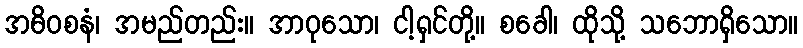
အဓိဝစနံ၊ အမည်တည်း။ အာဝုသော၊ ငါ့ရှင်တို့။ စခေါ၊ ထိုသို့ သဘောရှိသော။